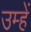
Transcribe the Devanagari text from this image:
उम्हें